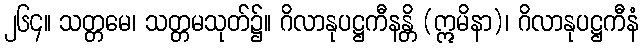
၂၆၄။ သတ္တမေ၊ သတ္တမသုတ်၌။ ဂိလာနုပဋ္ဌကီနန္တိ (ဣမိနာ)၊ ဂိလာနုပဋ္ဌကီနံ